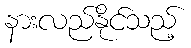
နားလည်နိုင်သည့်